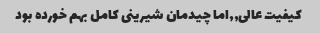
کیفیت عالی,,اما چیدمان شیرینی کامل بهم خورده بود